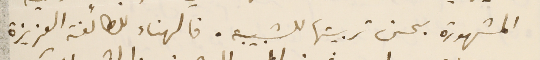
المشهورة بحسن تربيتها للشبيبه. فالهناء للطائفة العزيزة